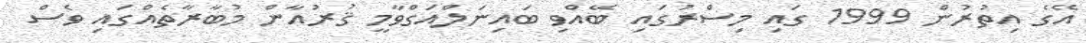
އޭގެ އިތުރުން 1999 ގައި މިސްރުގައި ބޭއްވި ބައިނަލްއަގްވާމީ ޤުރުއާން މުބާރާތެއްގައި ވެސް